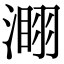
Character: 𣻫